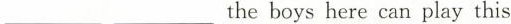
___ ___the boys here can play this